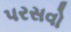
પરસવો